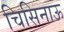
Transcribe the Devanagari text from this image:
चिसिनाऊ